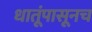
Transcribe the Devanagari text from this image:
धातूंपासूनच